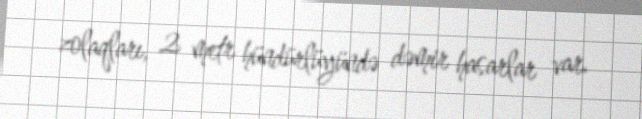
zolaqları, 2 metr hündürlüyündə dəmir hasarlar var.